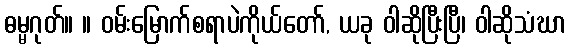
ဓမ္မဂုတ်။ ။ ဝမ်းမြောက်စရာပဲကိုယ်တော်, ယခု ဝါဆိုပြီးပြီ၊ ဝါဆိုသံဃာ